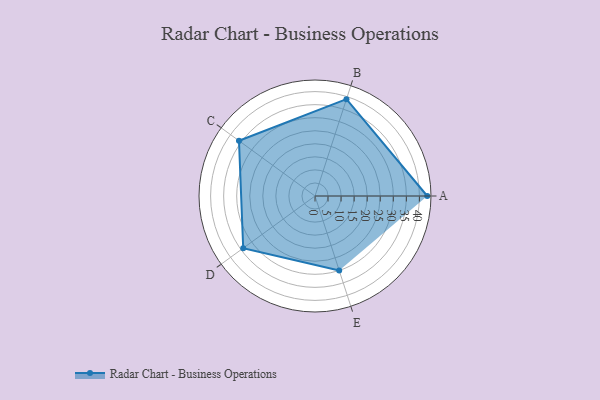
{"axis": {"x": "Skill", "y": "Score"}, "legend": ["Profile"], "data": [{"x": "A", "y": 43.0, "type": "Profile"}, {"x": "B", "y": 39.0, "type": "Profile"}, {"x": "C", "y": 36.0, "type": "Profile"}, {"x": "D", "y": 34.0, "type": "Profile"}, {"x": "E", "y": 30.0, "type": "Profile"}]}